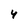
Character: 4